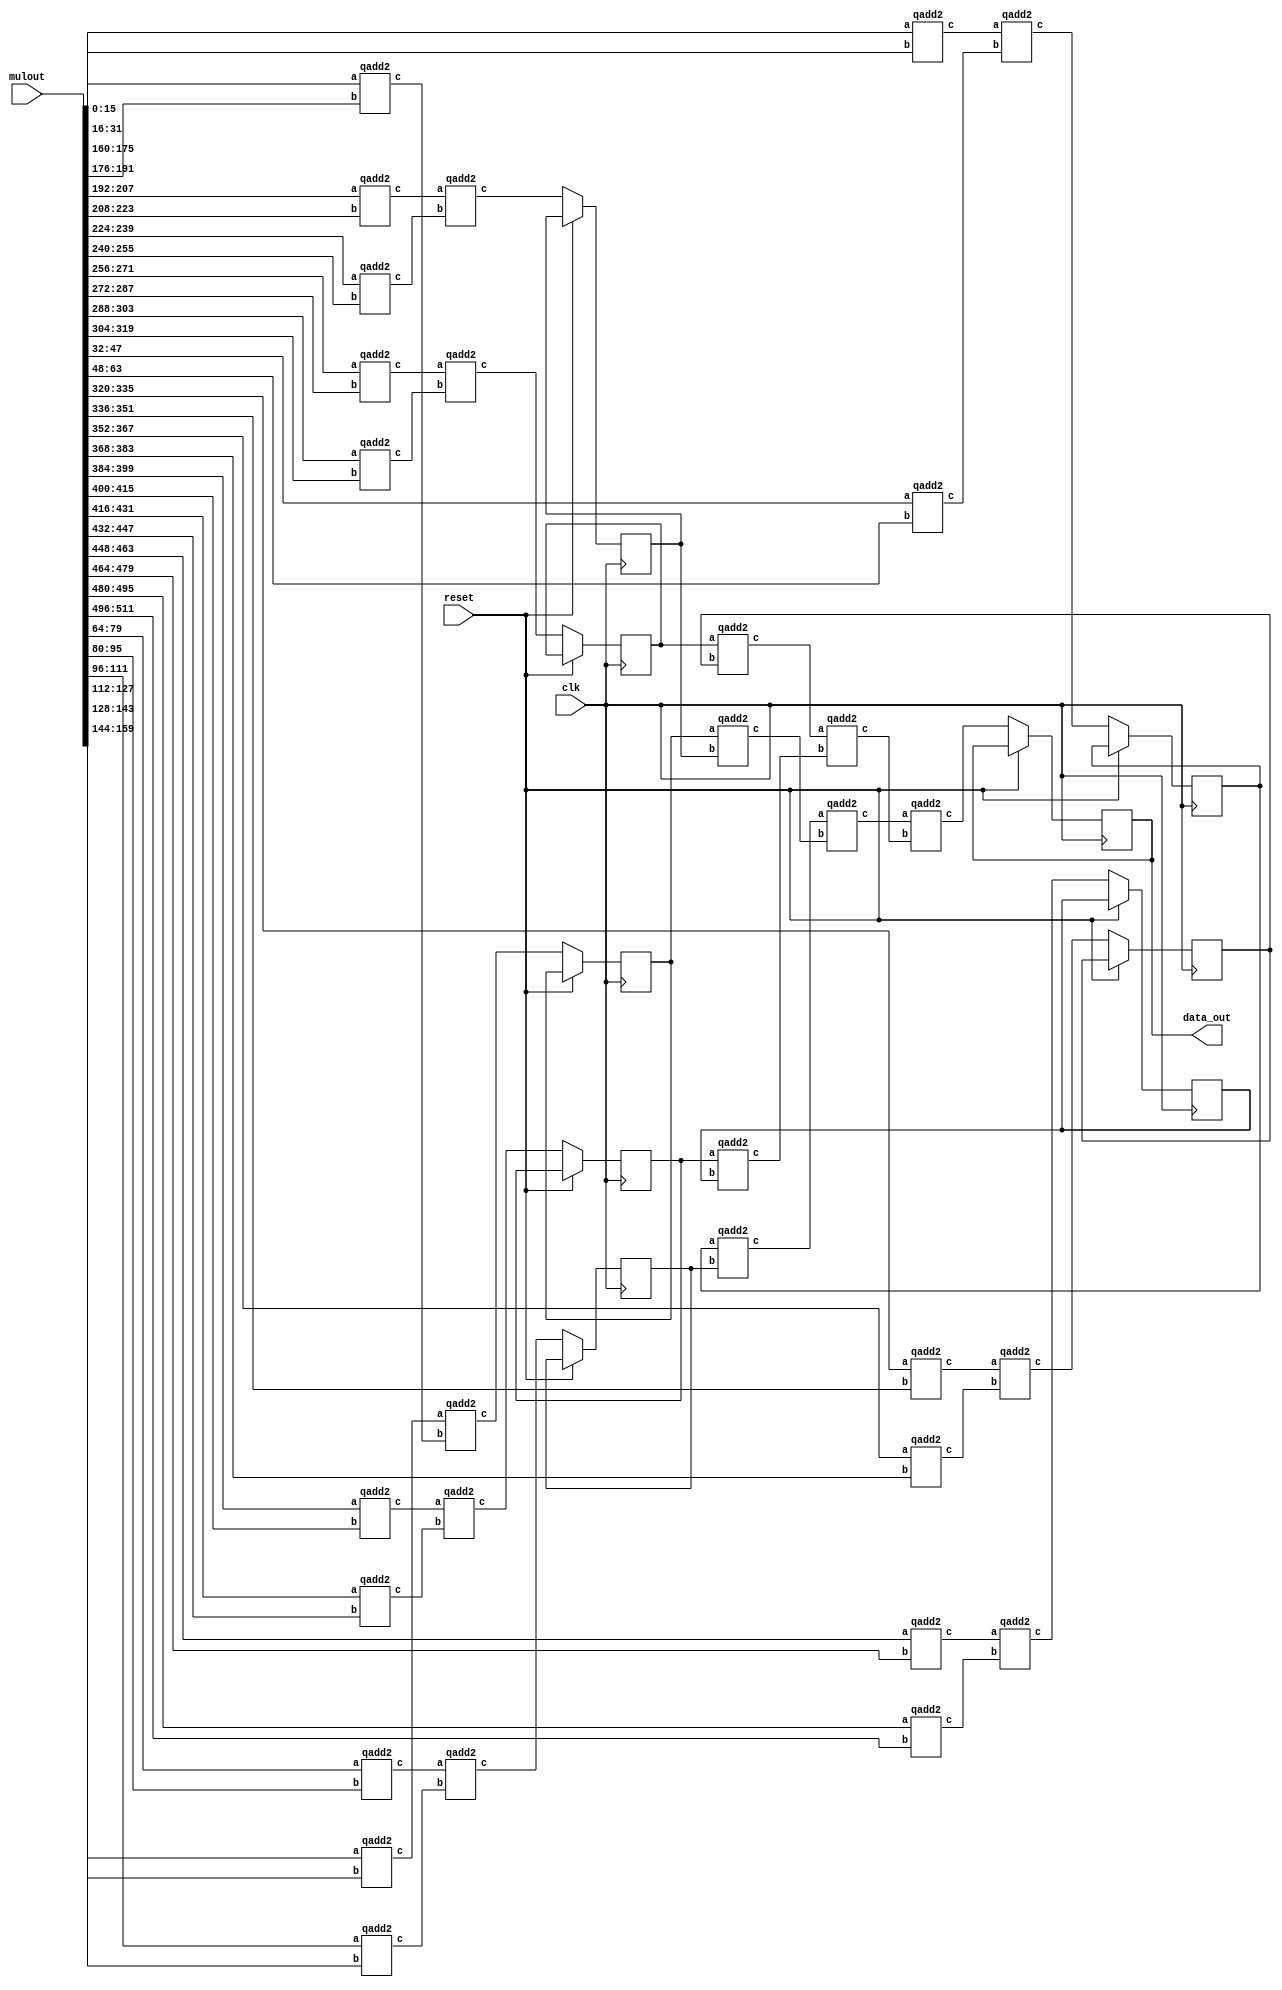
`define SIMULATION_MEMORY
//`define SIMULATION_addfp
`define VECTOR_DEPTH 64 //Q,K,V vector size
`define DATA_WIDTH 16
`define VECTOR_BITS 1024 // 16 bit each (16x64)
`define NUM_WORDS 32   //num of words in the sentence
`define BUF_AWIDTH 4 //16 entries in each buffer ram
`define BUF_LOC_SIZE 4 //4 words in each addr location
`define OUT_RAM_DEPTH 512 //512 entries in output bram
//`define EXPONENT 8
//`define MANTISSA 7
`define EXPONENT 5
`define MANTISSA 10
`define SIGN 1
`define DWIDTH (`SIGN+`EXPONENT+`MANTISSA)
`define DEFINES_DONE
`define DATAWIDTH (`SIGN+`EXPONENT+`MANTISSA)
`define IEEE_COMPLIANCE 1
`define NUM 4
`define ADDRSIZE 4

module vecmat_add_32 #(parameter arraysize=512,parameter vectdepth=32)
 (
 input clk,reset,
 input [arraysize-1:0] mulout,
 output reg [15:0] data_out
 );
           
 wire [15:0] tmp0, tmp1 ,tmp2 ,tmp3 ,tmp4 ,tmp5 ,tmp6 ,tmp7 ,tmp8 ,tmp9 ,tmp10 ,tmp11 ,tmp12 ,tmp13 ,tmp14 ,tmp15 ,tmp16 ,tmp17 ,tmp18 ,tmp19 ,tmp20 ,tmp21 ,tmp22 ,tmp23 ,tmp24 ,tmp25 ,tmp26 ,tmp27 ,tmp28 ,tmp29 ,tmp30 ,tmp31 ,tmp32 ,tmp33 ,tmp34 ,tmp35 ,tmp36 ,tmp37 ,tmp38 ,tmp39 ,tmp40 ,tmp41 ,tmp42 ,tmp43 ,tmp44 ,tmp45 ,tmp46 ,tmp47 ,tmp48 ,tmp49 ,tmp50,tmp51 ,tmp52 ,tmp53,tmp54 ,tmp55 ,tmp56 ,tmp57 ,tmp58, tmp59 ,tmp60 ,tmp61,tmp62; 
 reg[31:0] i;
 reg [15:0] ff1,ff3,ff5,ff7,ff9,ff11,ff13,ff15,ff17,ff19,ff21,ff23,ff25,ff27,ff29,ff31;

 always @(posedge clk) begin
	if(~reset) begin
		data_out <= tmp57;

		//adding a flop pipeline stage
		ff1 <= tmp1;
		ff3 <= tmp3;
		ff5 <= tmp5;
		ff7 <= tmp7;
		ff9 <= tmp9;
		ff11 <= tmp11;
		ff13 <= tmp13;
		ff15 <= tmp15;
		end   
 end     
                                                        
        // fixed point addition  
        qadd2 Add_u0(.a(mulout[16*0+:16]),.b(mulout[16*1+:16]),.c(tmp0));
		qadd2 Add_u2(.a(mulout[16*2+:16]),.b(mulout[16*3+:16]),.c(tmp2));
		qadd2 Add_u4(.a(mulout[16*4+:16]),.b(mulout[16*5+:16]),.c(tmp4));
		qadd2 Add_u6(.a(mulout[16*6+:16]),.b(mulout[16*7+:16]),.c(tmp6));
		qadd2 Add_u8(.a(mulout[16*8+:16]),.b(mulout[16*9+:16]),.c(tmp8));
		qadd2 Add_u10(.a(mulout[16*10+:16]),.b(mulout[16*11+:16]),.c(tmp10));
		qadd2 Add_u12(.a(mulout[16*12+:16]),.b(mulout[16*13+:16]),.c(tmp12));
		qadd2 Add_u14(.a(mulout[16*14+:16]),.b(mulout[16*15+:16]),.c(tmp14));
		qadd2 Add_u16(.a(mulout[16*16+:16]),.b(mulout[16*17+:16]),.c(tmp16));
		qadd2 Add_u18(.a(mulout[16*18+:16]),.b(mulout[16*19+:16]),.c(tmp18));
		qadd2 Add_u20(.a(mulout[16*20+:16]),.b(mulout[16*21+:16]),.c(tmp20));
		qadd2 Add_u22(.a(mulout[16*22+:16]),.b(mulout[16*23+:16]),.c(tmp22));
		qadd2 Add_u24(.a(mulout[16*24+:16]),.b(mulout[16*25+:16]),.c(tmp24));
		qadd2 Add_u26(.a(mulout[16*26+:16]),.b(mulout[16*27+:16]),.c(tmp26));
		qadd2 Add_u28(.a(mulout[16*28+:16]),.b(mulout[16*29+:16]),.c(tmp28));
		qadd2 Add_u30(.a(mulout[16*30+:16]),.b(mulout[16*31+:16]),.c(tmp30));
	            
			qadd2 Add_u1(.a(tmp0),.b(tmp2),.c(tmp1));
			qadd2 Add_u3(.a(tmp4),.b(tmp6),.c(tmp3));
			qadd2 Add_u5(.a(tmp8),.b(tmp10),.c(tmp5));
			qadd2 Add_u7(.a(tmp12),.b(tmp14),.c(tmp7));
			qadd2 Add_u9(.a(tmp16),.b(tmp18),.c(tmp9));
			qadd2 Add_u11(.a(tmp20),.b(tmp22),.c(tmp11));
			qadd2 Add_u13(.a(tmp24),.b(tmp26),.c(tmp13));
			qadd2 Add_u15(.a(tmp28),.b(tmp30),.c(tmp15));
		
			qadd2 Add_u33(.a(ff1),.b(ff3),.c(tmp33));
			qadd2 Add_u35(.a(ff5),.b(ff7),.c(tmp35));
			qadd2 Add_u37(.a(ff9),.b(ff11),.c(tmp37));
			qadd2 Add_u39(.a(ff13),.b(ff15),.c(tmp39));

			qadd2 Add_u49(.a(tmp33),.b(tmp35),.c(tmp49));
			qadd2 Add_u51(.a(tmp37),.b(tmp39),.c(tmp51));
	
			qadd2 Add_u57(.a(tmp49),.b(tmp51),.c(tmp57));
					
endmodule
module qadd2(
 input [15:0] a,
 input [15:0] b,
 output [15:0] c
    );
    
assign c = a + b;


endmodule